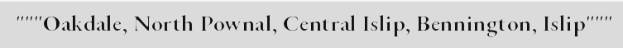
"""Oakdale, North Pownal, Central Islip, Bennington, Islip"""